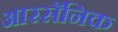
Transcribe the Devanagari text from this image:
आरसॅनिक